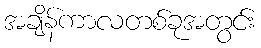
အချိန်ကာလတစ်ခုအတွင်း